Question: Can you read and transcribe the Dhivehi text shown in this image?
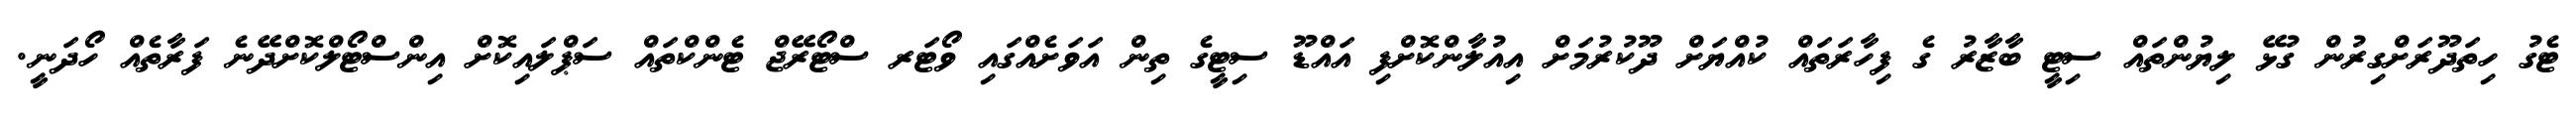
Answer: ޓެގު ހިތަދޫރަށްގިރުން ގުޅޭ ލިޔުންތައް ސިޓީ ބާޒާރު ގެ ފިހާރަތައް ކުއްޔަށް ދޫކުރުމަށް އިއުލާންކޮށްފި އައްޑޫ ސިޓީގެ ތިން އަވަށެއްގައި ވޯޓަރ ސްޓޯރޭޖް ޓެންކްތައް ސަޕްލައިކޮށް އިންސްޓޯލްކޮށްދޭނެ ފަރާތެއް ހޯދަނީ.